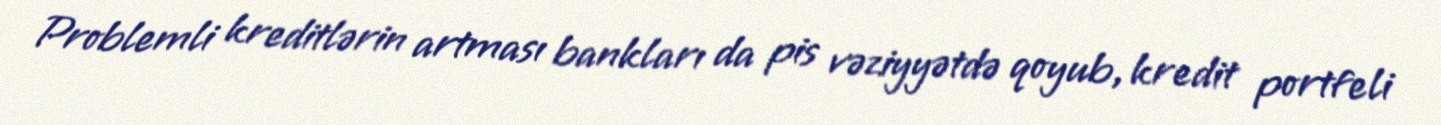
Problemli kreditlərin artması bankları da pis vəziyyətdə qoyub, kredit portfeli